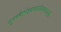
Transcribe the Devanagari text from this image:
सुपक्कैर्भक्ष्यभोज्यैश्चपायसैः